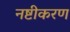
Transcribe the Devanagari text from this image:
नष्टीकरण